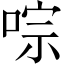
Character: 𠵻